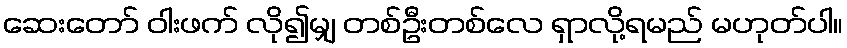
ဆေးတော် ဝါးဖက် လို၍မျှ တစ်ဦးတစ်လေ ရှာလို့ရမည် မဟုတ်ပါ။